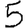
Digit: 5